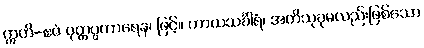
ဣတိ-ဧဝံ ဝုတ္တပ္ပကာရေန၊ ဖြင့်။ ကာယသင်္ခါရံ၊ အတိသုခုမလည်းဖြစ်သော